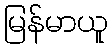
မြန်မာယူ